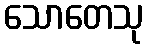
သောတေသု